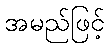
အမည်ဖြင့်